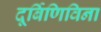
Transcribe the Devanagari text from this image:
दूर्बिणिविना